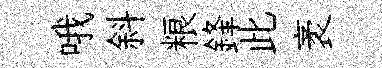
哦斜粮鋒此袤